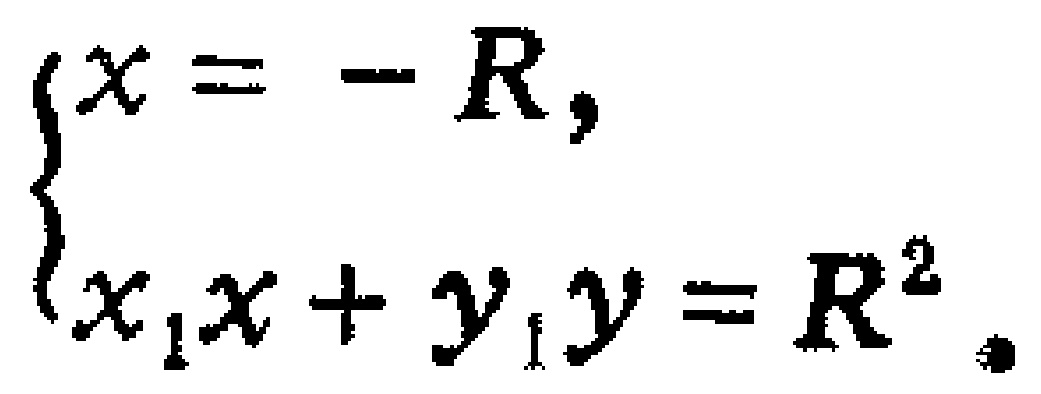
$\left\{\begin{array}{l}x=-R,\\ x_{1}x + y_{1}y=R^{2}.\end{array}\right.$